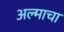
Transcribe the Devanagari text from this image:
अल्माचा